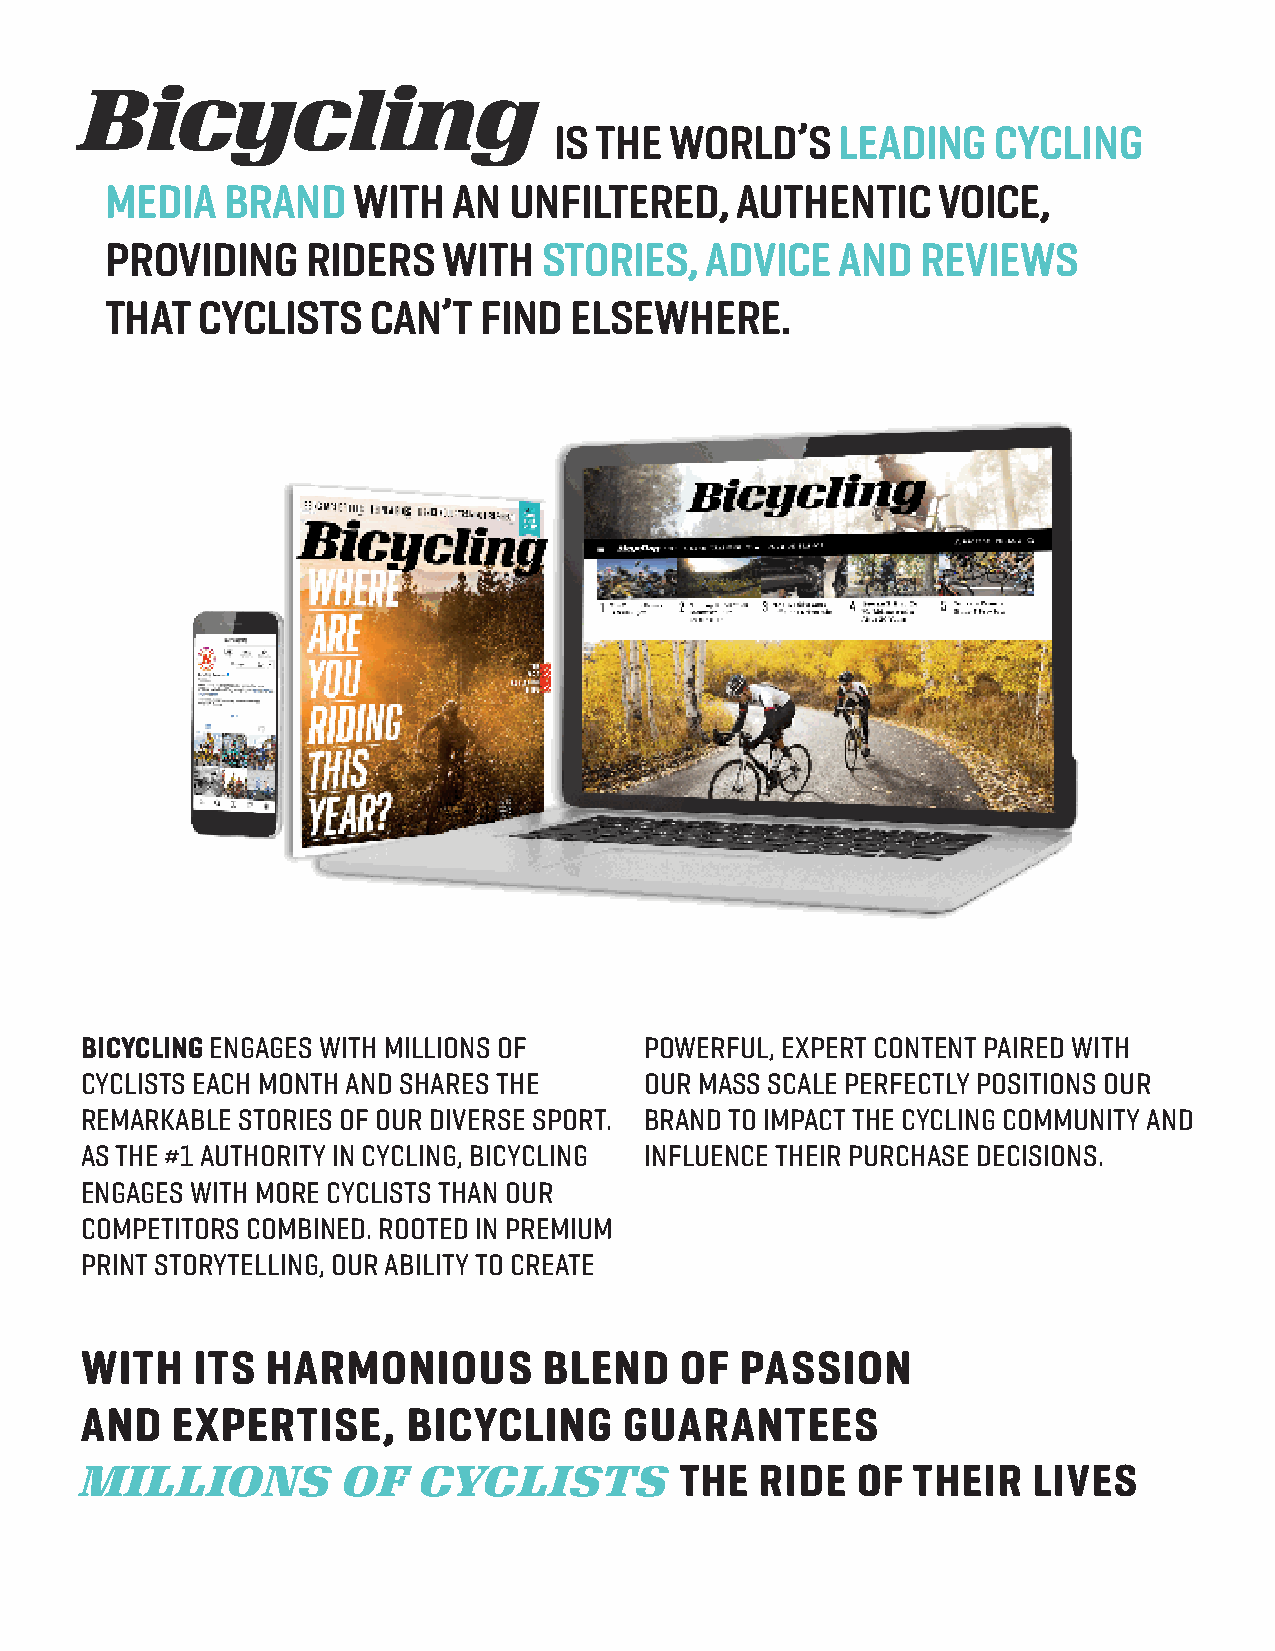
Bicycling
 IS THE WORLD’S     LEADING   CYCLING
 MEDIA   BRAND   WITH   AN  UNFILTERED,    AUTHENTIC    VOICE,
 PROVIDING    RIDERS   WITH   STORIES,   ADVICE   AND  REVIEWS
 THAT  CYCLISTS    CAN’T  FIND  ELSEWHERE.
 BICYCLING ENGAGES WITH MILLIONS OF    POWERFUL, EXPERT CONTENT PAIRED WITH
 CYCLISTS EACH MONTH AND SHARES THE    OUR MASS SCALE PERFECTLY POSITIONS OUR
 REMARKABLE STORIES OF OUR DIVERSE SPORT. BRAND TO IMPACT THE CYCLING COMMUNITY AND
 AS THE #1 AUTHORITY IN CYCLING, BICYCLING INFLUENCE THEIR PURCHASE DECISIONS.
 ENGAGES WITH MORE CYCLISTS THAN OUR
 COMPETITORS COMBINED. ROOTED IN PREMIUM
 PRINT STORYTELLING, OUR ABILITY TO CREATE
 WITH    ITS  HARMONIOUS        BLEND    OF  PASSION
 AND   EXPERTISE,      BICYCLING     GUARANTEES
 MILLIONS          OF   CYCLISTS         THE  RIDE   OF  THEIR  LIVES
 Bicycling